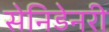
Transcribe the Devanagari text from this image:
सेनिडेनरी